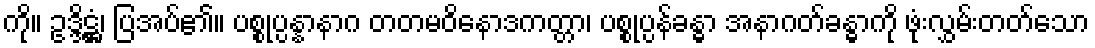
ကို။ ဥဒ္ဒိဋ္ဌံ၊ ပြအပ်၏။ ပစ္စုပ္ပန္နာနာဂ တတမဝိနောဒကတ္တာ၊ ပစ္စုပ္ပန်ခန္ဓာ အနာဂတ်ခန္ဓာကို ဖုံးလွှမ်းတတ်သော